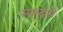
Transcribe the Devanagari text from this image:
समुद्रसे